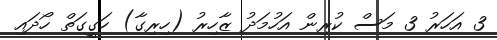
3 އަހަރު 3 މަސް ކުރިން އަހުމަދު ޒާހިރު (ހިރިގާ) ހަގީގަތް ހޯދައި